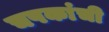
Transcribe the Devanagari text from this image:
चषकांची